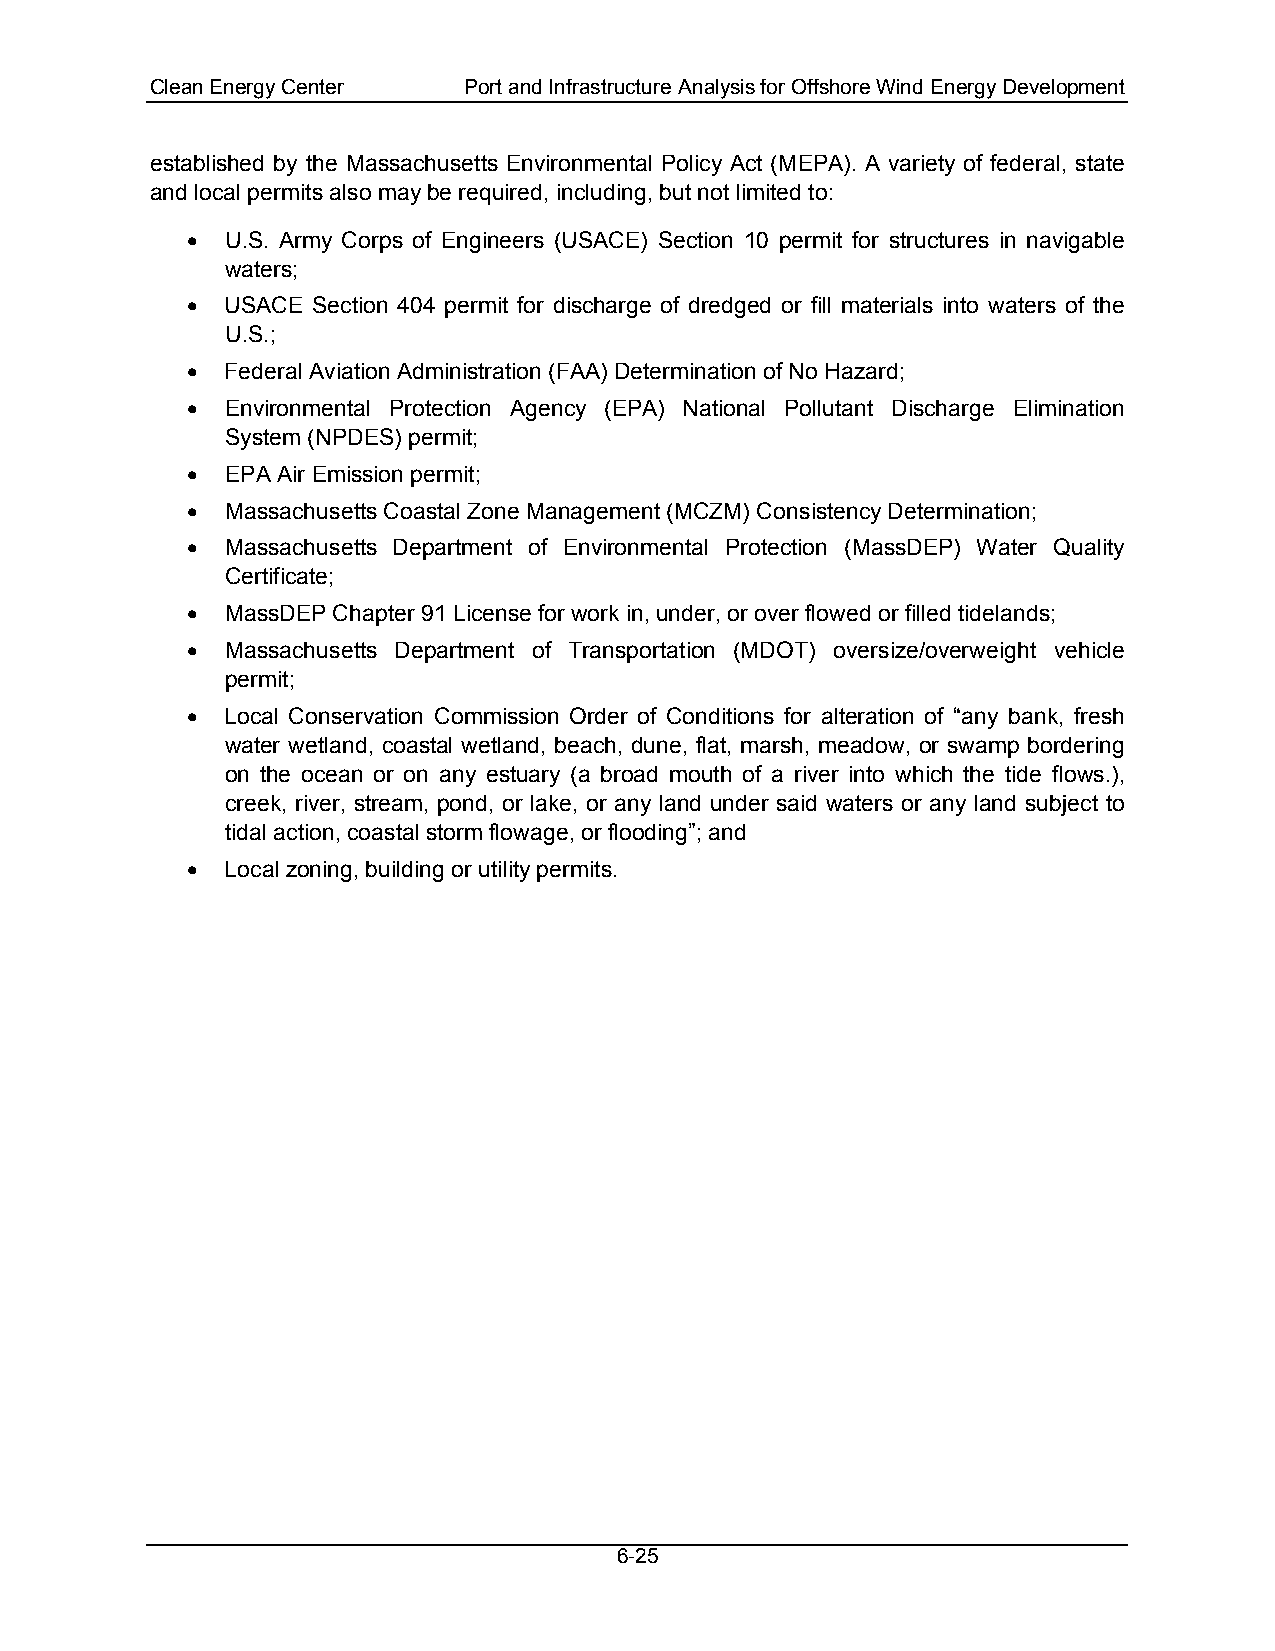
Clean Energy Center  Port and Infrastructure Analysis for Offshore Wind Energy Development
 established by the Massachusetts Environmental Policy Act (MEPA). A variety of federal, state
 and local permits also may be required, including, but not limited to:
 •  U.S. Army Corps of Engineers (USACE) Section 10 permit for structures in navigable
 waters;
 •  USACE Section 404 permit for discharge of dredged or fill materials into waters of the
 U.S.;
 •  Federal Aviation Administration (FAA) Determination of No Hazard;
 •  Environmental Protection Agency (EPA) National Pollutant Discharge Elimination
 System (NPDES) permit;
 •  EPA Air Emission permit;
 •  Massachusetts Coastal Zone Management (MCZM) Consistency Determination;
 •  Massachusetts Department of Environmental Protection (MassDEP) Water Quality
 Certificate;
 •  MassDEP Chapter 91 License for work in, under, or over flowed or filled tidelands;
 •  Massachusetts Department of Transportation (MDOT) oversize/overweight vehicle
 permit;
 •  Local Conservation Commission Order of Conditions for alteration of “any bank, fresh
 water wetland, coastal wetland, beach, dune, flat, marsh, meadow, or swamp bordering
 on the ocean or on any estuary (a broad mouth of a river into which the tide flows.),
 creek, river, stream, pond, or lake, or any land under said waters or any land subject to
 tidal action, coastal storm flowage, or flooding”; and
 •  Local zoning, building or utility permits.
 6-25